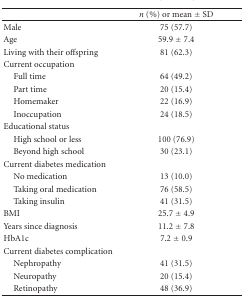
<table><thead><tr><td></td><td><b><i>n</i> (%) or mean ± SD</b></td></tr></thead><tbody><tr><td>Male</td><td>75 (57.7)</td></tr><tr><td>Age</td><td>59.9 ± 7.4</td></tr><tr><td>Living with their offspring</td><td>81 (62.3)</td></tr><tr><td>Current occupation</td><td></td></tr><tr><td> Full time</td><td>64 (49.2)</td></tr><tr><td> Part time</td><td>20 (15.4)</td></tr><tr><td> Homemaker</td><td>22 (16.9)</td></tr><tr><td> Inoccupation</td><td>24 (18.5)</td></tr><tr><td>Educational status</td><td></td></tr><tr><td> High school or less</td><td>100 (76.9)</td></tr><tr><td> Beyond high school</td><td>30 (23.1)</td></tr><tr><td>Current diabetes medication</td><td></td></tr><tr><td> No medication</td><td>13 (10.0)</td></tr><tr><td> Taking oral medication</td><td>76 (58.5)</td></tr><tr><td> Taking insulin</td><td>41 (31.5)</td></tr><tr><td>BMI</td><td>25.7 ± 4.9</td></tr><tr><td>Years since diagnosis</td><td>11.2 ± 7.8</td></tr><tr><td>HbA1c</td><td>7.2 ± 0.9</td></tr><tr><td>Current diabetes complication</td><td></td></tr><tr><td> Nephropathy</td><td>41 (31.5)</td></tr><tr><td> Neuropathy</td><td>20 (15.4)</td></tr><tr><td> Retinopathy</td><td>48 (36.9)</td></tr></tbody></table>